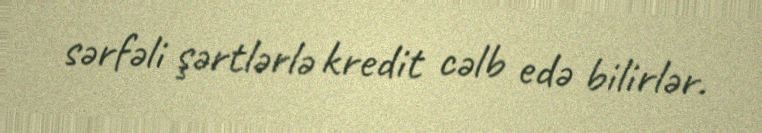
sərfəli şərtlərlə kredit cəlb edə bilirlər.